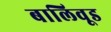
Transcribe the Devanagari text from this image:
बालिवूड